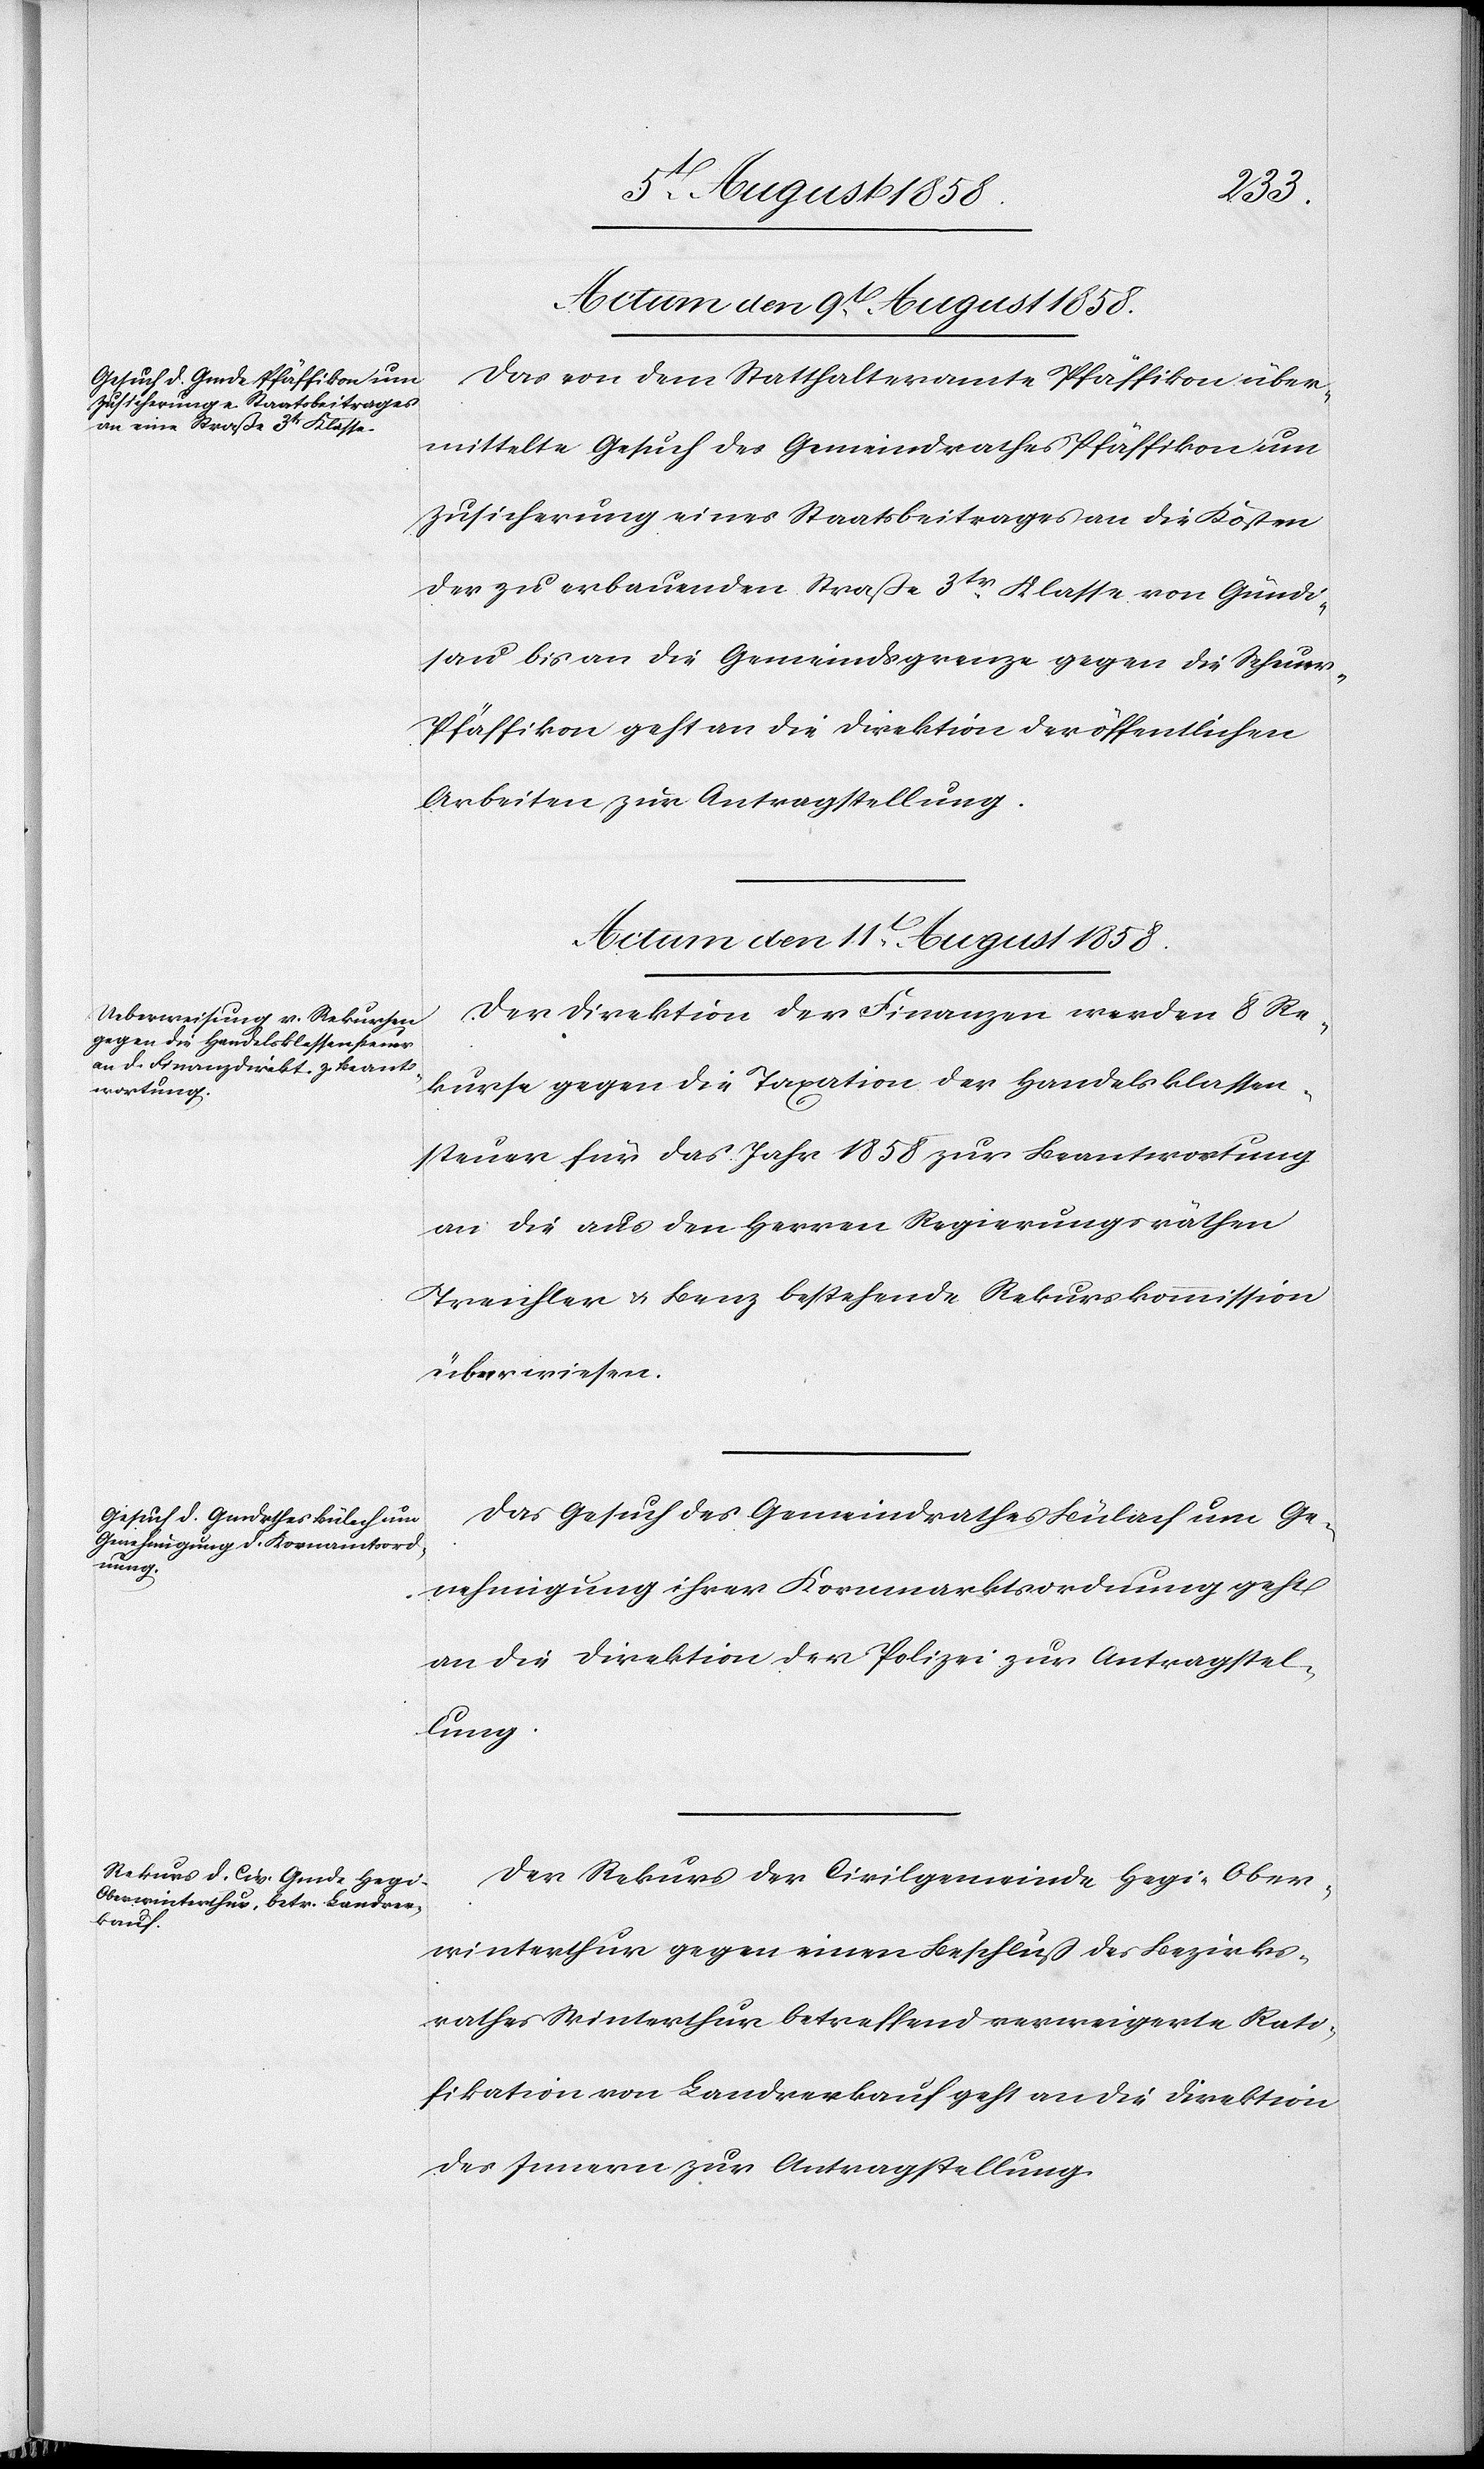
Actum den 9t. August 1858.
Das von dem Statthalteramte Pfäffikon über¬
mittelte Gesuch des Gemeindrathes Pfäffikon um
Zusicherung eines Staatsbeitrages an die Kosten
der zu erbauenden Straße 3tr. Klasse von Gündi¬
sau bis an die Gemeindsgrenze gegen die Scheue¬
r-Pfäffikon geht an die Direktion der öffentlichen
Arbeiten zur Antragstellung.
Actum den 11t. August 1858.]
Der Direktion der Finanzen werden 8 Re¬
kurse gegen die Taxation der Handelsklassen¬
steuer für das Jahr 1858 zur Beantwortung
an die aus den Herren Regierungsräthen
Treichler & Benz bestehende Rekurskommission
überwiesen.
Das Gesuch des Gemeindrathes Bülach um Ge¬
nehmigung ihrer Kornmarktsordnung geht
an die Direktion der Polizei zur Antragstel¬
lung.
Der Rekurs der Civilgemeinde Hegi-Ober¬
winterthur gegen einen Beschluß des Bezirks¬
rathes Winterthur betreffend verweigerte Rati¬
fikation von Landverkauf geht an die Direktion
des Innern zur Antragstellung.